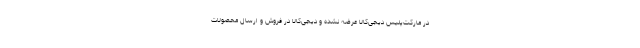
در مارکت‌پلیس دیجی‌کالا عرضه نشده و دیجی‌کالا در فروش و ارسال محصولات